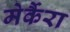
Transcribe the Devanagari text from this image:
मेर्कैरा